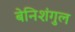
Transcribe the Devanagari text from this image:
बेनिशंगुल